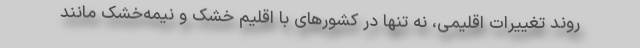
روند تغییرات اقلیمی، نه تنها در کشورهای با اقلیم خشک و نیمه‌خشک مانند